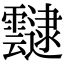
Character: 靆